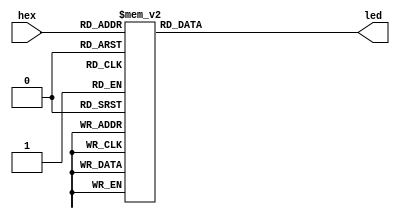
`timescale 1ns / 1ps
//////////////////////////////////////////////////////////////////////////////////
// Company: 
// Engineer: 
// 
// Design Name: 
// Module Name: hex_to_bcd
// Project Name: 
// Target Devices: 
// Tool Versions: 
// Description: 
// 
// Dependencies: 
// 
// Revision:
// Revision 0.01 - File Created
// Additional Comments:
// 
//////////////////////////////////////////////////////////////////////////////////


module hex_to_bcd(hex,led);
input [3:0] hex;
output [0:6]led;
reg [0:6]led;

always @(hex)
    begin
        case(hex)
            0: led=7'b0000001;
            1: led=7'b1001111;
            2: led=7'b0010010;
            3: led=7'b0000110;
            4: led=7'b1001100;
            5: led=7'b0100100;
            6: led=7'b0100000;
            7: led=7'b0001111;
            8: led=7'b0000000;
            9: led=7'b0000100;
            10: led=7'b0001000;
            11: led=7'b1100000;
            12: led=7'b0110001;
            13: led=7'b1000010;
            14: led=7'b0110000;
            15: led=7'b0111000;
            default: led=7'b0000001;
        endcase
    end
endmodule